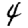
Digit: 4